Report on plague and inoculation in the Punjab from October 1st ... to September 30th..., being the ... season of plague in the province
Disease focus: Plague
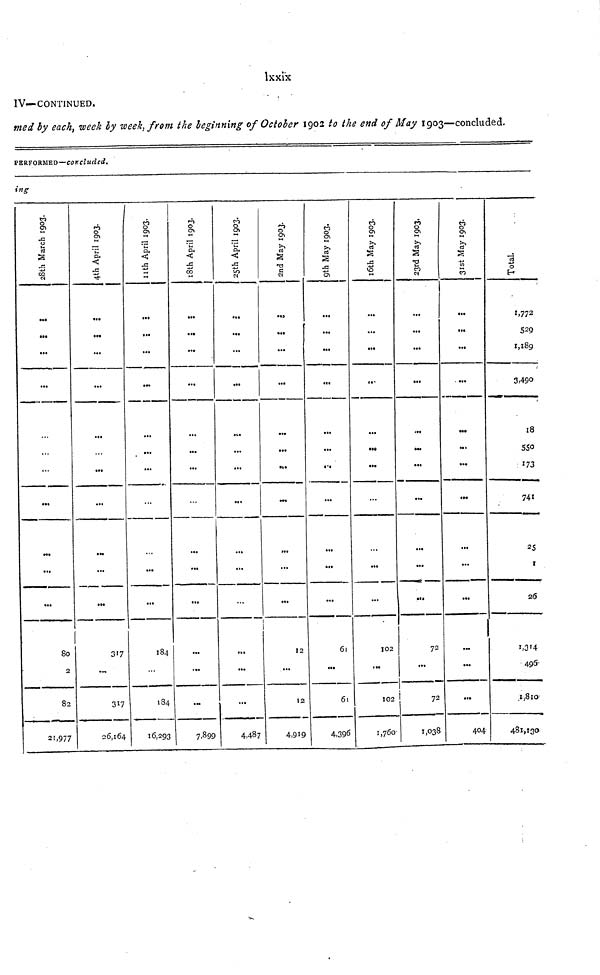
lxxix
IV—CONTINUED.
" '
med by each, week by week, from the beginning of October 1902 to the end of May 1903—concluded.
PERFORMED—concluded.
ing
28th March 1903.
...
...
...
...
...
...
...
...
80
2
82
21,977
4th April 1903.
...
...
...
...
...
...
...
...
317
...
317
26,164
11th April 1903.
...
...
.
-
...
...
...
...
184
184
16,293
18th April 1903.
...
»,
...
...
...
...
».
7,899
25th April 1903.
...
...
...
...
...
...
...
...
...
4,487
2nd May 1903.
...
...
...
...
...
12
...
12
4,919
9th May 1903.
...
...
...
...
...
...
...
6l
...
6t
4,396
16th May 1903.
...
...
...
...
...
...
102
...
102
1,760
23rd May 1903.
...
...
...
...
...
...
72
...
72
1,038
31st May 1903.
...
...
...
•••
...
...
...
...
...
...
404
Total.
1,772
529
1,189
3,490
18
741
25
I
26
496
1,810
481,130